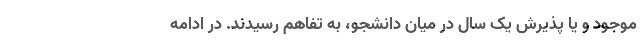
موجود و یا پذیرش یک سال در میان دانشجو، به تفاهم رسیدند. در ادامه